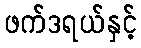
ဖက်ဒရယ်နှင့်